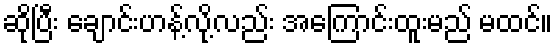
ဆိုပြီး ချောင်းဟန့်လို့လည်း အကြောင်းထူးမည် မထင်။